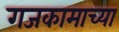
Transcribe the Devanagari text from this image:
गजकामाच्या